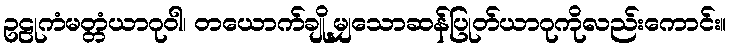
ဥဠုကံမတ္တံယာဂုဝါ၊ တယောက်ချို့မျှသောဆန်ပြုတ်ယာဂုကိုလည်းကောင်း။